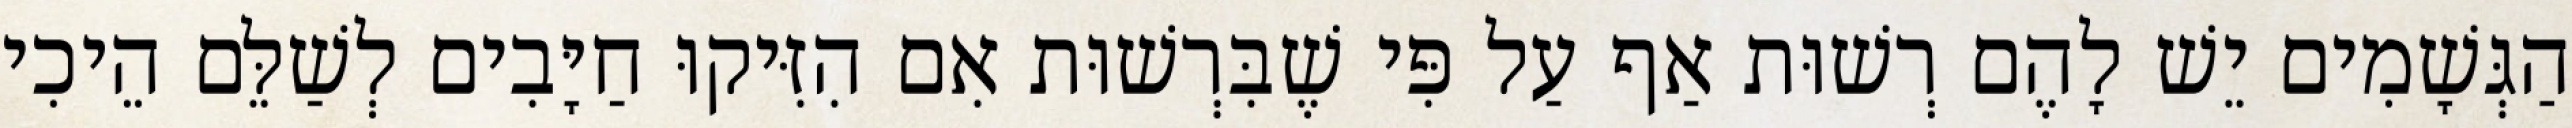
הַגְּשָׁמִים יֵשׁ לָהֶם רְשׁוּת אַף עַל פִּי שֶׁבִּרְשׁוּת אִם הִזִּיקוּ חַיָּבִים לְשַׁלֵּם הֵיכִי